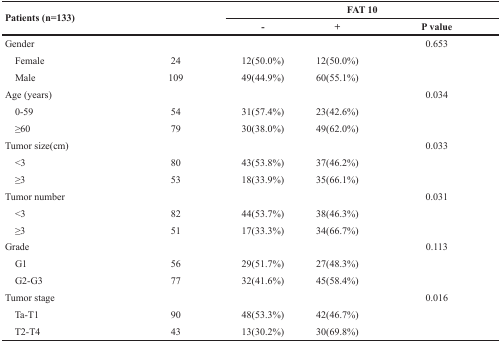
<table><thead><tr><td rowspan="2"><b>Patients (n=133)</b></td><td rowspan="2"></td><td colspan="3"><b>FAT 10</b></td></tr><tr><td><b>-</b></td><td><b>+</b></td><td><b>P value</b></td></tr></thead><tbody><tr><td>Gender</td><td></td><td></td><td></td><td>0.653</td></tr><tr><td> Female</td><td>24</td><td>12(50.0%)</td><td>12(50.0%)</td><td></td></tr><tr><td> Male</td><td>109</td><td>49(44.9%)</td><td>60(55.1%)</td><td></td></tr><tr><td>Age (years)</td><td></td><td></td><td></td><td>0.034</td></tr><tr><td> 0-59</td><td>54</td><td>31(57.4%)</td><td>23(42.6%)</td><td></td></tr><tr><td> ≥60</td><td>79</td><td>30(38.0%)</td><td>49(62.0%)</td><td></td></tr><tr><td>Tumor size(cm)</td><td></td><td></td><td></td><td>0.033</td></tr><tr><td> &lt;3</td><td>80</td><td>43(53.8%)</td><td>37(46.2%)</td><td></td></tr><tr><td> ≥3</td><td>53</td><td>18(33.9%)</td><td>35(66.1%)</td><td></td></tr><tr><td>Tumor number</td><td></td><td></td><td></td><td>0.031</td></tr><tr><td> &lt;3</td><td>82</td><td>44(53.7%)</td><td>38(46.3%)</td><td></td></tr><tr><td> ≥3</td><td>51</td><td>17(33.3%)</td><td>34(66.7%)</td><td></td></tr><tr><td>Grade</td><td></td><td></td><td></td><td>0.113</td></tr><tr><td> G1</td><td>56</td><td>29(51.7%)</td><td>27(48.3%)</td><td></td></tr><tr><td> G2-G3</td><td>77</td><td>32(41.6%)</td><td>45(58.4%)</td><td></td></tr><tr><td>Tumor stage</td><td></td><td></td><td></td><td>0.016</td></tr><tr><td> Ta-T1</td><td>90</td><td>48(53.3%)</td><td>42(46.7%)</td><td></td></tr><tr><td> T2-T4</td><td>43</td><td>13(30.2%)</td><td>30(69.8%)</td><td></td></tr></tbody></table>